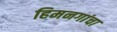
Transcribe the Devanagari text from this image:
हिमनगांचा